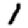
Digit: 1